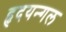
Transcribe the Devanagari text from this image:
हृदयन्गल